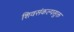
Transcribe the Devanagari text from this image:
शिवसंकल्पसुक्त